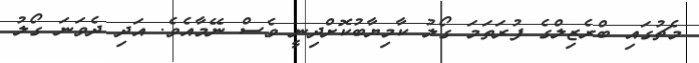
މެޗުގައި ބްރެޒިލްގެ ފުރަތަމަ ގޯލު ކާމިޔާބުކޮށްދިނީ ވެސް ނޭމާއެވެ. އަދި ދެވަނަ ގޯލު